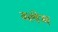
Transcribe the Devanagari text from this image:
ब्लेम